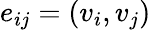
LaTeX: e_{ij}=(v_{i},v_{j})